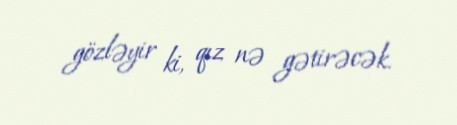
gözləyir ki, qız nə gətirəcək.